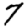
Digit: 7